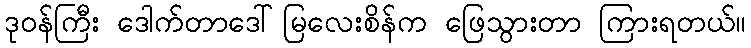
ဒုဝန်ကြီး ဒေါက်တာဒေါ်မြလေးစိန်က ဖြေသွားတာ ကြားရတယ်။